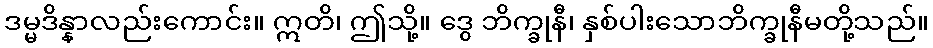
ဒမ္မဒိန္နာလည်းကောင်း။ ဣတိ၊ ဤသို့။ ဒွေ ဘိက္ခုနီ၊ နှစ်ပါးသောဘိက္ခုနီမတို့သည်။